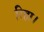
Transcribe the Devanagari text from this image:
रिहा।